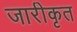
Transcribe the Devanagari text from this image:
जारीकृत